Burma Government Medical School reports 1907-22
Year: 1907
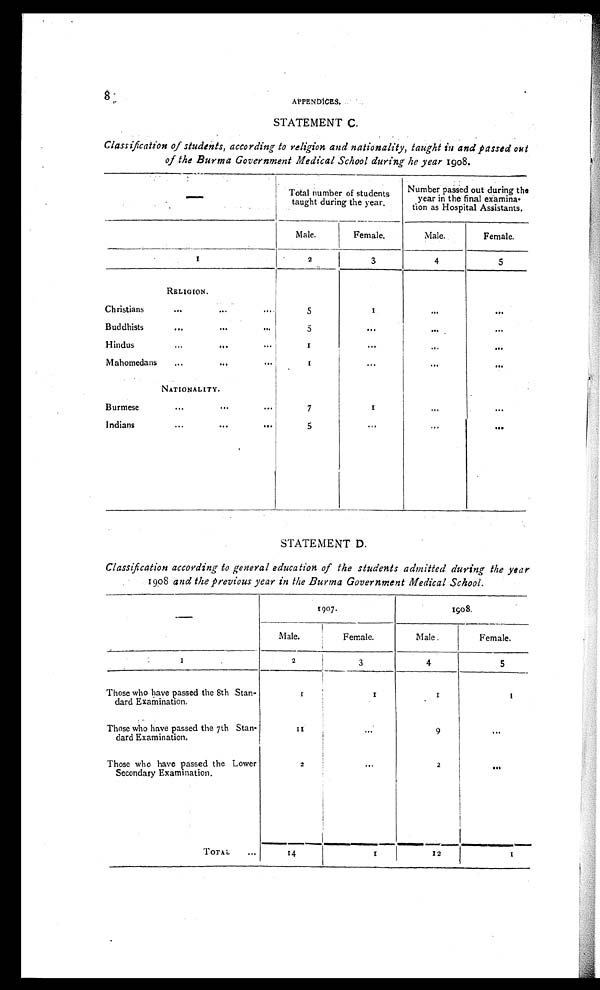
8.
APPENDICES.
STATEMENT C.
Classification of students, according to religion and nationality, taught in and passed out
of the Burma Government Medical School during he year 1908 .
Total number of students
taught during the year.
Number passed out during the
year in the final examina-
tion as Hospital Assistants.
Male.
Female.
Male.
Female.
1
2
3
4
5
RELIGION.
Christians
... ...
...
5
1
... ...
Buddhists
... ... ...
5
... ... ...
Hindus
...
... ...
1
...
...
...
Mahomedans
...
...
...
1
... ... ...
NATIONALITY.
Burmese
...
... ...
7
1
...
...
Indians
...
... ...
5
... ... ...
STATEMENT D.
Classification according to general education of the students admitted during the year
1908 and the previous year in the Burma Government Medical School.
1907.
1908.
Male.
Female.
Male.
Female.
1
2
3
4
5
Those who have passed the 8th Stan-
dard Examination.
1
1
1
1
Those who have passed the 7th Stan-
dard Examination.
1 1
...
9
...
Those who have passed the Lower
Secondary Examination.
2
...
2
...
TOTAL
...
14 1
12
1